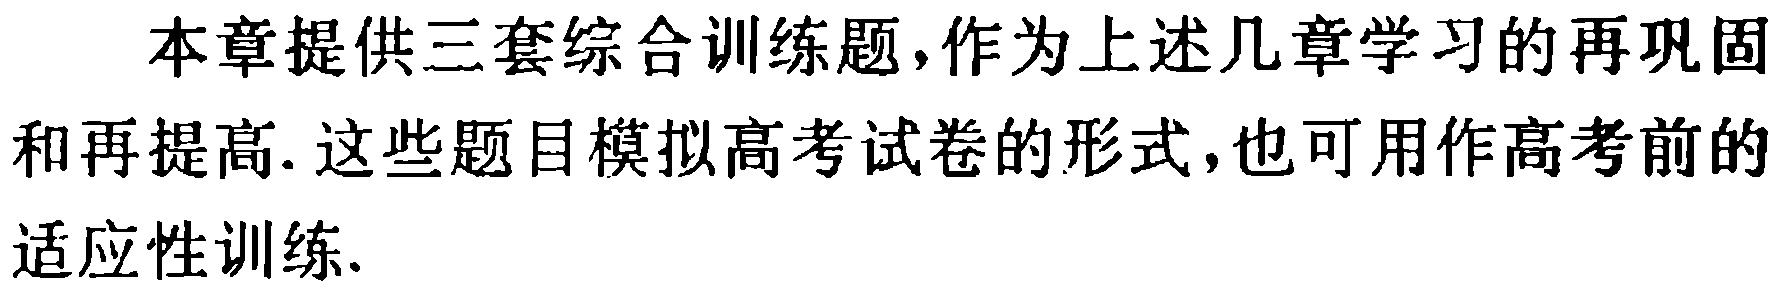
本章提供三套综合训练题，作为上述几章学习的再巩固和再提高. 这些题目模拟高考试卷的形式，也可用作高考前的适应性训练.